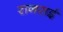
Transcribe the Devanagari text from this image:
रानसई